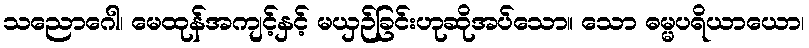
သညောဂေါ၊ မေထုန်အကျင့်နှင့် မယှဉ်ခြင်းဟုဆိုအပ်သော။ သော ဓမ္မပရိယာယော၊